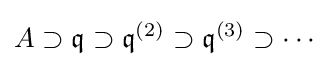
A\supset {\mathfrak {q}}\supset {\mathfrak {q}}^{(2)}\supset {\mathfrak {q}}^{(3)}\supset \cdots